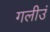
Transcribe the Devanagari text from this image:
गलीउं